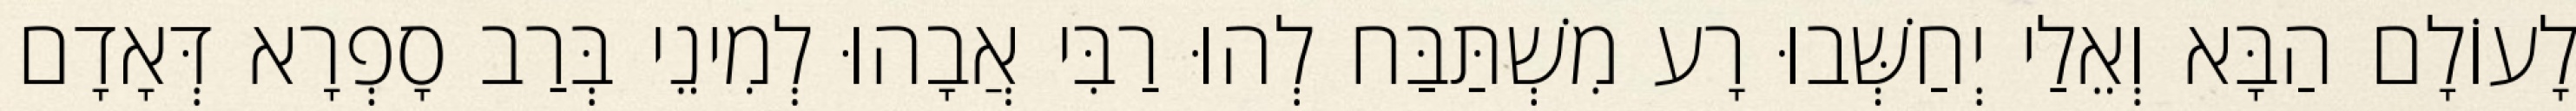
לָעוֹלָם הַבָּא וְאֵלַי יְחַשְּׁבוּ רָע מִשְׁתַּבַּח לְהוּ רַבִּי אֲבָהוּ לְמִינֵי בְּרַב סָפְרָא דְּאָדָם